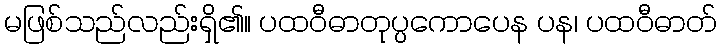
မဖြစ်သည်လည်းရှိ၏။ ပထဝီဓာတုပ္ပကောပေန ပန၊ ပထဝီဓာတ်